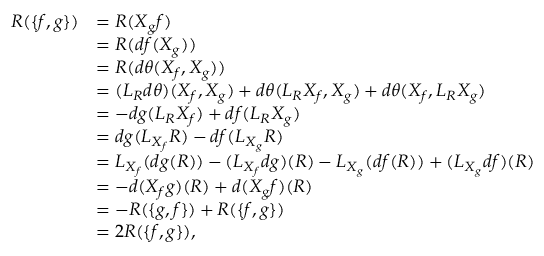
\begin{array} { r l } { R ( \lbrace f , g \rbrace ) } & { = R ( X _ { g } f ) } \\ & { = R ( d f ( X _ { g } ) ) } \\ & { = R ( d \theta ( X _ { f } , X _ { g } ) ) } \\ & { = ( L _ { R } d \theta ) ( X _ { f } , X _ { g } ) + d \theta ( L _ { R } X _ { f } , X _ { g } ) + d \theta ( X _ { f } , L _ { R } X _ { g } ) } \\ & { = - d g ( L _ { R } X _ { f } ) + d f ( L _ { R } X _ { g } ) } \\ & { = d g ( L _ { X _ { f } } R ) - d f ( L _ { X _ { g } } R ) } \\ & { = L _ { X _ { f } } ( d g ( R ) ) - ( L _ { X _ { f } } d g ) ( R ) - L _ { X _ { g } } ( d f ( R ) ) + ( L _ { X _ { g } } d f ) ( R ) } \\ & { = - d ( X _ { f } g ) ( R ) + d ( X _ { g } f ) ( R ) } \\ & { = - R ( \lbrace g , f \rbrace ) + R ( \lbrace f , g \rbrace ) } \\ & { = 2 R ( \lbrace f , g \rbrace ) , } \end{array}